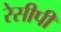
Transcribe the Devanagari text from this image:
रेसीपी